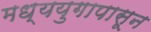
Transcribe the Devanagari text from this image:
मध्ययुगापासून